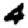
Digit: 4